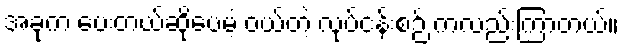
အခုက ပေးတယ်ဆိုပေမဲ့ ဝယ်တဲ့ လုပ်ငန်းစဉ် ကလည်းကြာတယ်။